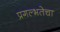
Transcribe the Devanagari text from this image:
प्रगल्‍भतेचा